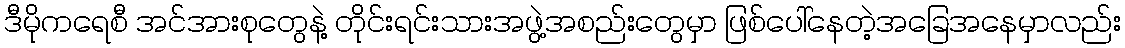
ဒီမိုကရေစီ အင်အားစုတွေနဲ့ တိုင်းရင်းသားအဖွဲ့အစည်းတွေမှာ ဖြစ်ပေါ်နေတဲ့အခြေအနေမှာလည်း